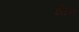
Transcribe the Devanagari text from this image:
शाॅन